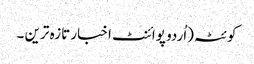
کوئٹہ(اُردو پوائنٹ اخبار تازہ ترین ۔